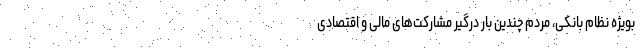
بویژه نظام بانکی، مردم چندین بار درگیر مشارکت‌های مالی و اقتصادی